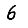
Digit: 6